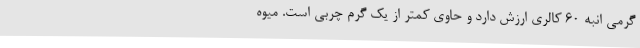
گرمی انبه 60 کالری ارزش دارد و حاوی کمتر از یک گرم چربی است. میوه